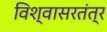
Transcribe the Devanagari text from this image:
विश्वासरतंत्र